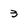
Character: 3